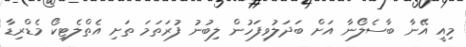
މިއީ އޭނާ ބާސެލޯނާ އަށް ބަދަލުވިފަހުން ލިބުނު ފުރަތަމަ ތަށި އެތްލެޓިކޯ މެޑްރިޑާ